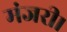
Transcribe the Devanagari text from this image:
मंजरी।